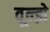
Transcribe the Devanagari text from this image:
वूल्झे